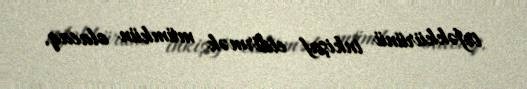
təfəkkürünü inkişaf etdirmək mümkün olacaq.